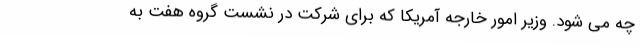
چه می شود. وزیر امور خارجه آمریکا که برای شرکت در نشست گروه هفت به